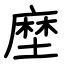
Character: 塺